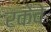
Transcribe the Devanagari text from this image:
रकेवे